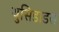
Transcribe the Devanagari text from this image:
थुसिडाडस